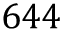
6 4 4